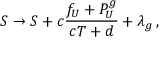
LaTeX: S \rightarrow S + c \frac { f _ { U } + { \cal P } _ { U } ^ { g } } { c T + d } + \lambda _ { g } \, ,